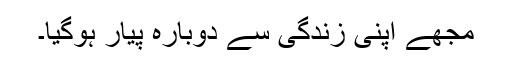
مجھے اپنی زندگی سے دوبارہ پیار ہوگیا۔